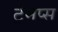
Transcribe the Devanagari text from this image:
ट्रेमप्स